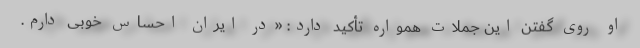
او روی گفتن این جملات همواره تأکید دارد: «در ایران احساس خوبی دارم.